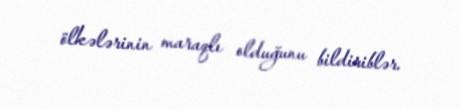
ölkələrinin maraqlı olduğunu bildiriblər.